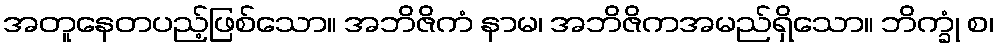
အတူနေတပည့်ဖြစ်သော။ အဘိဇိကံ နာမ၊ အဘိဇိကအမည်ရှိသော။ ဘိက္ခုံ စ၊